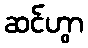
ဆင်ဟွာ